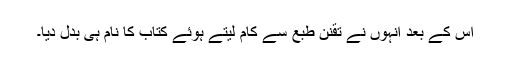
اس کے بعد اْنہوں نے تقنن طبع سے کام لیتے ہوئے کتاب کا نام ہی بدل دیا۔